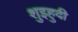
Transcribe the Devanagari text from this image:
शुइहुदी